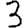
Digit: 3